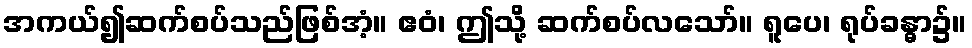
အကယ်၍ဆက်စပ်သည်ဖြစ်အံ့။ ဧဝံ၊ ဤသို့ ဆက်စပ်လသော်။ ရူပေ၊ ရုပ်ခန္ဓာ၌။